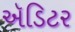
ઍડિટર